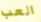
العب